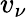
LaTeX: v_{\nu}